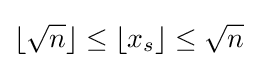
\lfloor {\sqrt {n}}\rfloor \leq \lfloor x_{s}\rfloor \leq {\sqrt {n}}